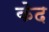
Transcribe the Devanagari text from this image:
केद